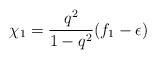
LaTeX: \begin{align*}\chi_{1}=\frac{q^{2}}{1-q^{2}}(f_{1}-\epsilon)\end{align*}